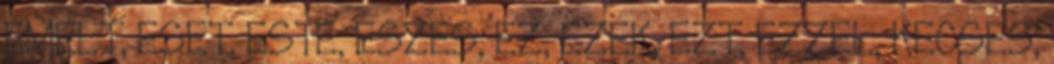
EMELT, ESET, ESTE, ESZES, EZ, EZEK, EZT, EZZEL, KECSES,